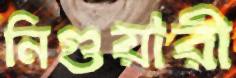
নিগুয়ারী